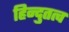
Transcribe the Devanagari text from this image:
हिन्दुतत्व